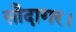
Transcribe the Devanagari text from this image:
सौदागर।